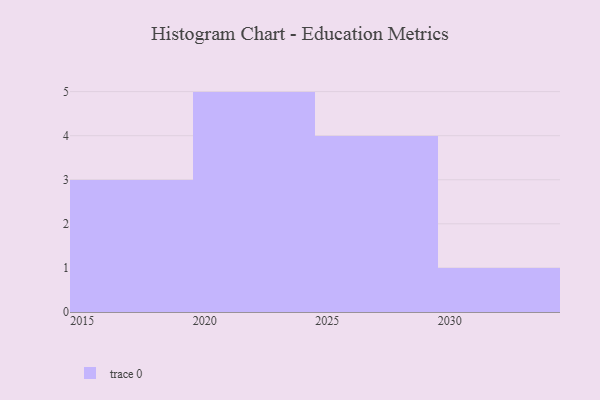
{"axis": {"x": "Year", "y": "Population (Million)"}, "legend": [""], "data": [{"x": "2021", "y": 68, "type": ""}, {"x": "2028", "y": 82, "type": ""}, {"x": "2016", "y": 67, "type": ""}, {"x": "2023", "y": 85, "type": ""}, {"x": "2025", "y": 33, "type": ""}, {"x": "2030", "y": 54, "type": ""}, {"x": "2024", "y": 82, "type": ""}, {"x": "2026", "y": 73, "type": ""}, {"x": "2029", "y": 1, "type": ""}, {"x": "2019", "y": 5, "type": ""}, {"x": "2022", "y": 77, "type": ""}, {"x": "2017", "y": 16, "type": ""}, {"x": "2020", "y": 7, "type": ""}]}